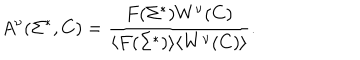
A ^ { \nu } ( \Sigma ^ { * } , C ) = { \frac { F ( \Sigma ^ { * } ) W ^ { \nu } ( C ) } { \langle F ( \Sigma ^ { * } ) \rangle \langle W ^ { \nu } ( C ) \rangle } } .